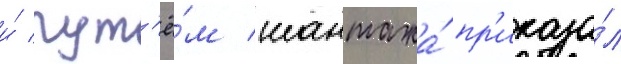
и́ пут'ё́м шантажа́ пр'иказа́л